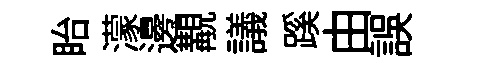
眙濛邊覯議蹊由誤